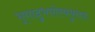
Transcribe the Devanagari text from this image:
भूयादुभयोरयमुत्तमः